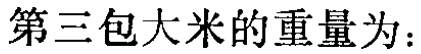
第三包大米的重量为：